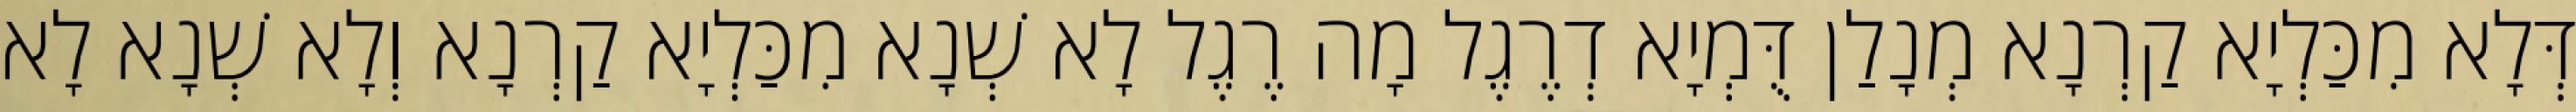
דְּלָא מִכַּלְיָא קַרְנָא מְנָלַן דֻּמְיָא דְרֶגֶל מָה רֶגֶל לָא שְׁנָא מִכַּלְיָא קַרְנָא וְלָא שְׁנָא לָא